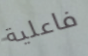
فاعلية